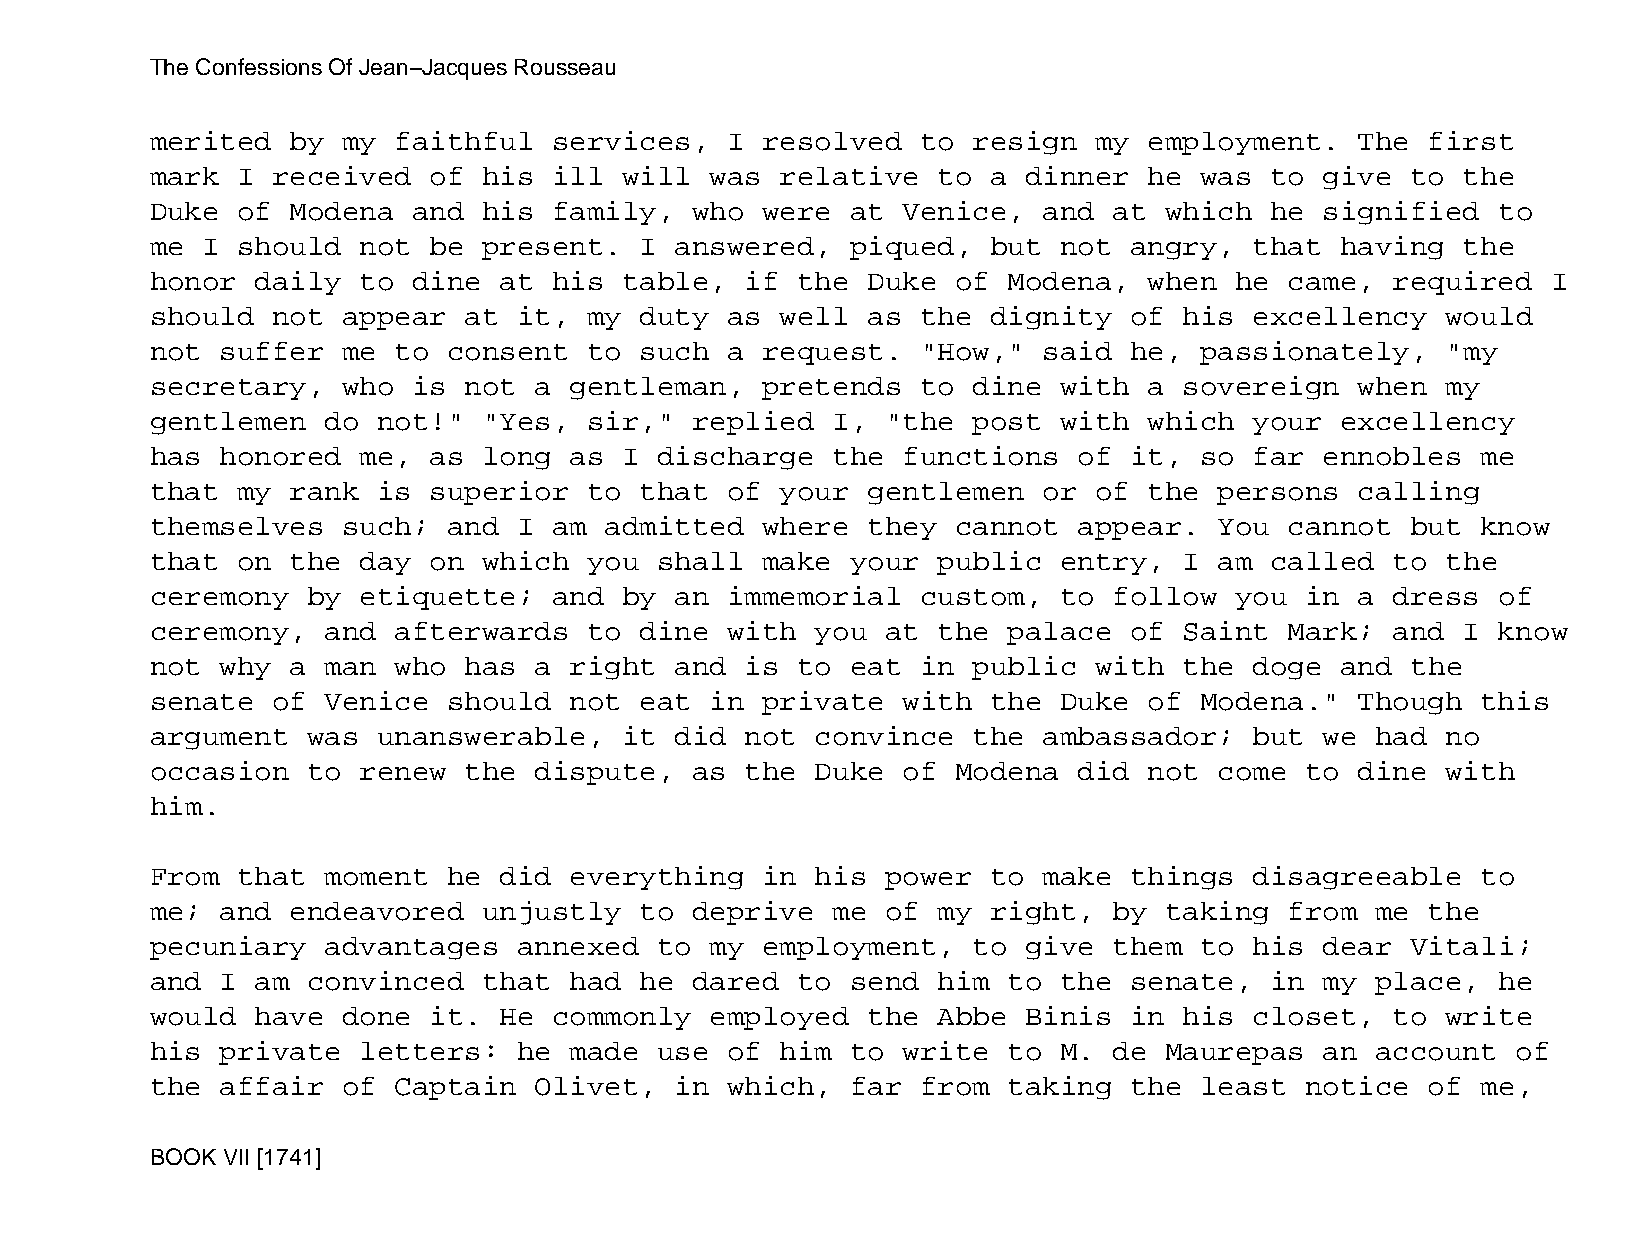
The Confessions Of Jean−Jacques Rousseau
 merited  by  my faithful   services,  I resolved   to resign  my  employment.   The  first
 mark  I received  of  his  ill will  was  relative  to  a dinner  he was  to  give to  the
 Duke  of Modena  and  his  family,  who were  at  Venice,  and  at which  he  signified  to
 me I  should  not be  present.  I  answered,  piqued,   but not  angry,  that  having  the
 honor  daily  to dine  at  his table,  if  the Duke  of  Modena,  when  he came,  required   I
 should  not  appear  at it,  my duty  as  well as  the  dignity  of his  excellency   would
 not  suffer  me to  consent  to such  a request.   "How,"  said  he, passionately,    "my
 secretary,   who is  not a  gentleman,  pretends   to dine  with  a sovereign   when  my
 gentlemen   do not!"  "Yes,  sir,"  replied  I,  "the post  with  which  your  excellency
 has  honored  me, as  long  as I  discharge  the  functions  of  it, so  far  ennobles  me
 that  my rank  is superior   to that  of  your gentlemen   or of  the  persons  calling
 themselves   such;  and I  am admitted  where  they  cannot  appear.   You cannot  but  know
 that  on the  day on  which  you  shall make  your  public  entry,  I  am called  to  the
 ceremony  by  etiquette;   and by  an immemorial   custom,  to  follow  you in  a dress  of
 ceremony,   and afterwards   to dine  with  you  at the  palace  of Saint  Mark;  and  I know
 not  why a  man who  has a  right  and is  to eat  in public  with  the  doge  and the
 senate  of  Venice  should  not eat  in private   with  the Duke  of Modena."   Though  this
 argument  was  unanswerable,   it  did not  convince  the  ambassador;   but  we had  no
 occasion  to  renew  the dispute,   as the  Duke  of Modena  did  not  come to  dine  with
 him.
 From  that  moment  he did  everything  in  his  power  to make  things  disagreeable   to
 me;  and endeavored   unjustly  to  deprive  me  of my  right,  by taking  from  me  the
 pecuniary   advantages  annexed   to my employment,   to  give  them to  his  dear Vitali;
 and  I am convinced   that  had he  dared  to send  him  to the  senate,  in  my place,  he
 would  have  done it.  He  commonly  employed  the  Abbe  Binis  in his  closet,  to  write
 his  private  letters:  he  made  use of  him to  write  to M.  de Maurepas   an account  of
 the  affair  of Captain  Olivet,   in which,  far  from  taking  the least  notice   of me,
 BOOK VII [1741]